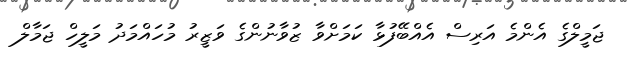
ޖަމީލްގެ އެންމެ އަރިސް އެއްބޭފުޅާ ކަމަށްވާ ޒުވާނުންގެ ވަޒީރު މުހައްމަދު މަލީހް ޖަމާލް